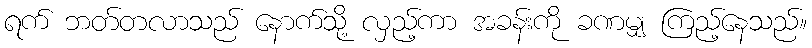
ရက် ဘတ်တလာသည် နောက်သို့ လှည့်ကာ အခန်းကို ခဏမျှ ကြည့်နေသည်။